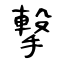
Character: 撃